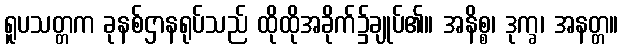
ရူပသတ္တက ခုနစ်ဌာနရုပ်သည် ထိုထိုအခိုက်၌ချုပ်၏။ အနိစ္စ၊ ဒုက္ခ၊ အနတ္တ။